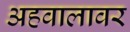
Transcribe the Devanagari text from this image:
अहवालावर